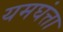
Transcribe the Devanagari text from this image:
यमघंत्ता